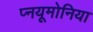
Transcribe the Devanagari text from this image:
प्नयूमोनिया